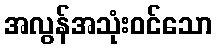
အလွန်အသုံးဝင်သော